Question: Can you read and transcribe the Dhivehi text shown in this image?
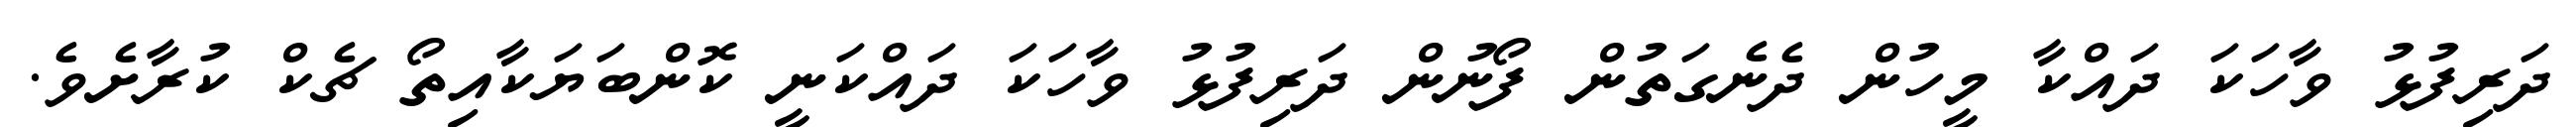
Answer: ދަރިފުޅު ވާހަކަ ދައްކާ މީހުން ދެނެގަތުން ފޯނުން ދަރިފުޅު ވާހަކަ ދައްކަނީ ކޮންބަޔަކާއިތޯ ޗެކް ކުރާށެވެ.